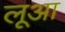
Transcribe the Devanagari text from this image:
लूआ